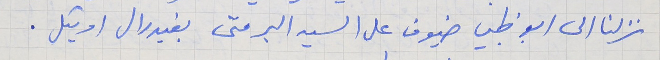
نزلنا الى ابو ظبي ضيوف على السيد البر متى بفيدرال اوتيل .